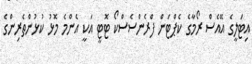
އިޓަލީގެ އޭއެސް ރޯމާގެ ކެޕްޓަން ފްރެންސެސްކޯ ޓޮޓީ އަކީ އެންމެ މޮޅު ކުޅުންތެރިންގެ